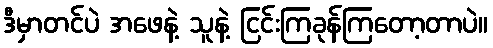
ဒီမှာတင်ပဲ အဖေနဲ့ သူနဲ့ ငြင်းကြခုန်ကြတော့တာပဲ။